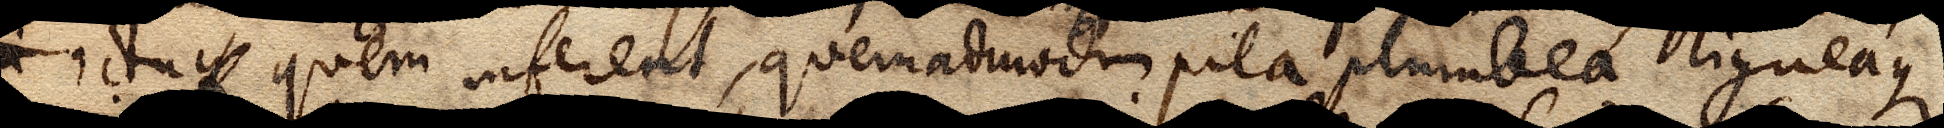
in ictu q quem inferent, quemadmodum pila plumbea ligneaque ;